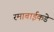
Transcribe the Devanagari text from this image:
रमाबाईकडे